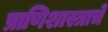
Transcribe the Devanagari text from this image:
प्राणिशास्त्राचे